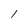
Character: 1